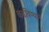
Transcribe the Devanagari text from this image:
कढविण्याने